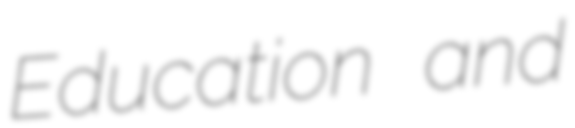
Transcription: Education and